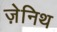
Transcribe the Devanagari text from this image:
ज़ेनिथ